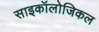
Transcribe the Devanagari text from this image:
साइकॉलोजिकल